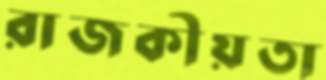
রাজকীয়তা